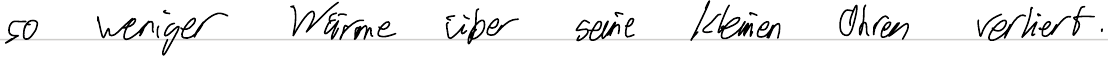
so weniger Wärme über seine kleinen Ohren verliert.